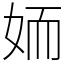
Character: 䎟